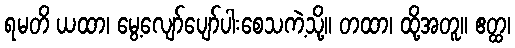
ရမတိ ယထာ၊ မွေ့လျော်ပျော်ပါးစေသကဲ့သို့။ တထာ၊ ထို့အတူ။ ဧတ္ထ၊